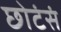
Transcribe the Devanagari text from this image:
छोटंसं